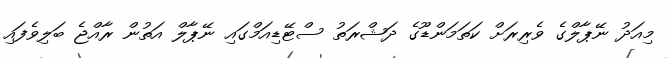
މިއަދު ނޭޕާލްގެ ވެރިރަށް ކަތަމަންޑޫގެ ދަޝްރަތު ސްޓޭޑިއަމްގައި ނޭޕާލް އަތުން ރާއްޖެ ބަލިވެފައި